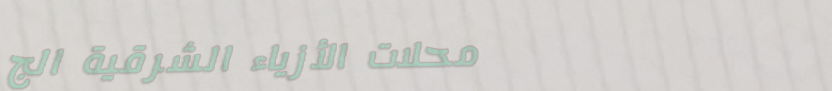
محلات الأزياء الشرقية الج